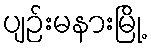
ပျဉ်းမနားမြို့